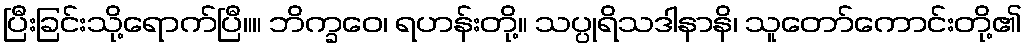
ပြီးခြင်းသို့ရောက်ပြီ။။ ဘိက္ခဝေ၊ ရဟန်းတို့။ သပ္ပုရိသဒါနာနိ၊ သူတော်ကောင်းတို့၏